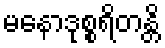
မနောဒုစ္စရိတန္တိ